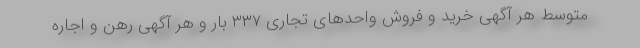
متوسط هر آگهی خرید و فروش واحدهای تجاری ۳۳۷ بار و هر آگهی رهن و اجاره